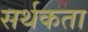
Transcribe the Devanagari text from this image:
सर्थकता